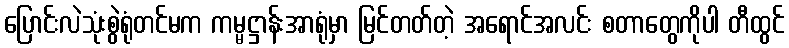
ပြောင်းလဲသုံးစွဲရုံတင်မက ကမ္မဋ္ဌာန်းအာရုံမှာ မြင်တတ်တဲ့ အရောင်အလင်း စတာတွေကိုပါ တီထွင်